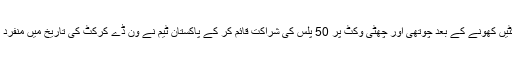
میچ کے آغاز میں ہی 3وکٹیں کھونے کے بعد چوتھی اور چھٹی وکٹ پر 50 پلس کی شراکت قائم کر کے پاکستان ٹیم نے وَن ڈے کرکٹ کی تاریخ میں منفرد کارنامہ انجام بھی دے دیا۔